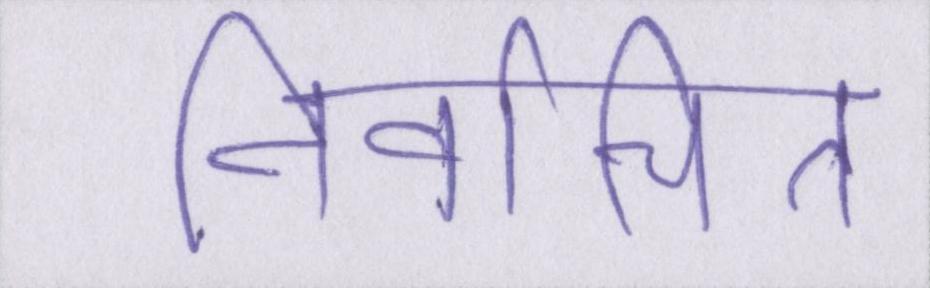
निर्वाचित